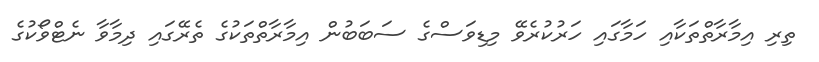
ތިރި އިމާރާތްތަކާއި ހަމާގައި ހަރުކުރެވޭ މިޑިވަސްގެ ސަބަބުން އިމާރާތްތަކުގެ ތެރޭގައި ދިމާވާ ނެޓްވޯކުގެ